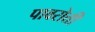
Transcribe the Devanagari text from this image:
पावरोत्ती